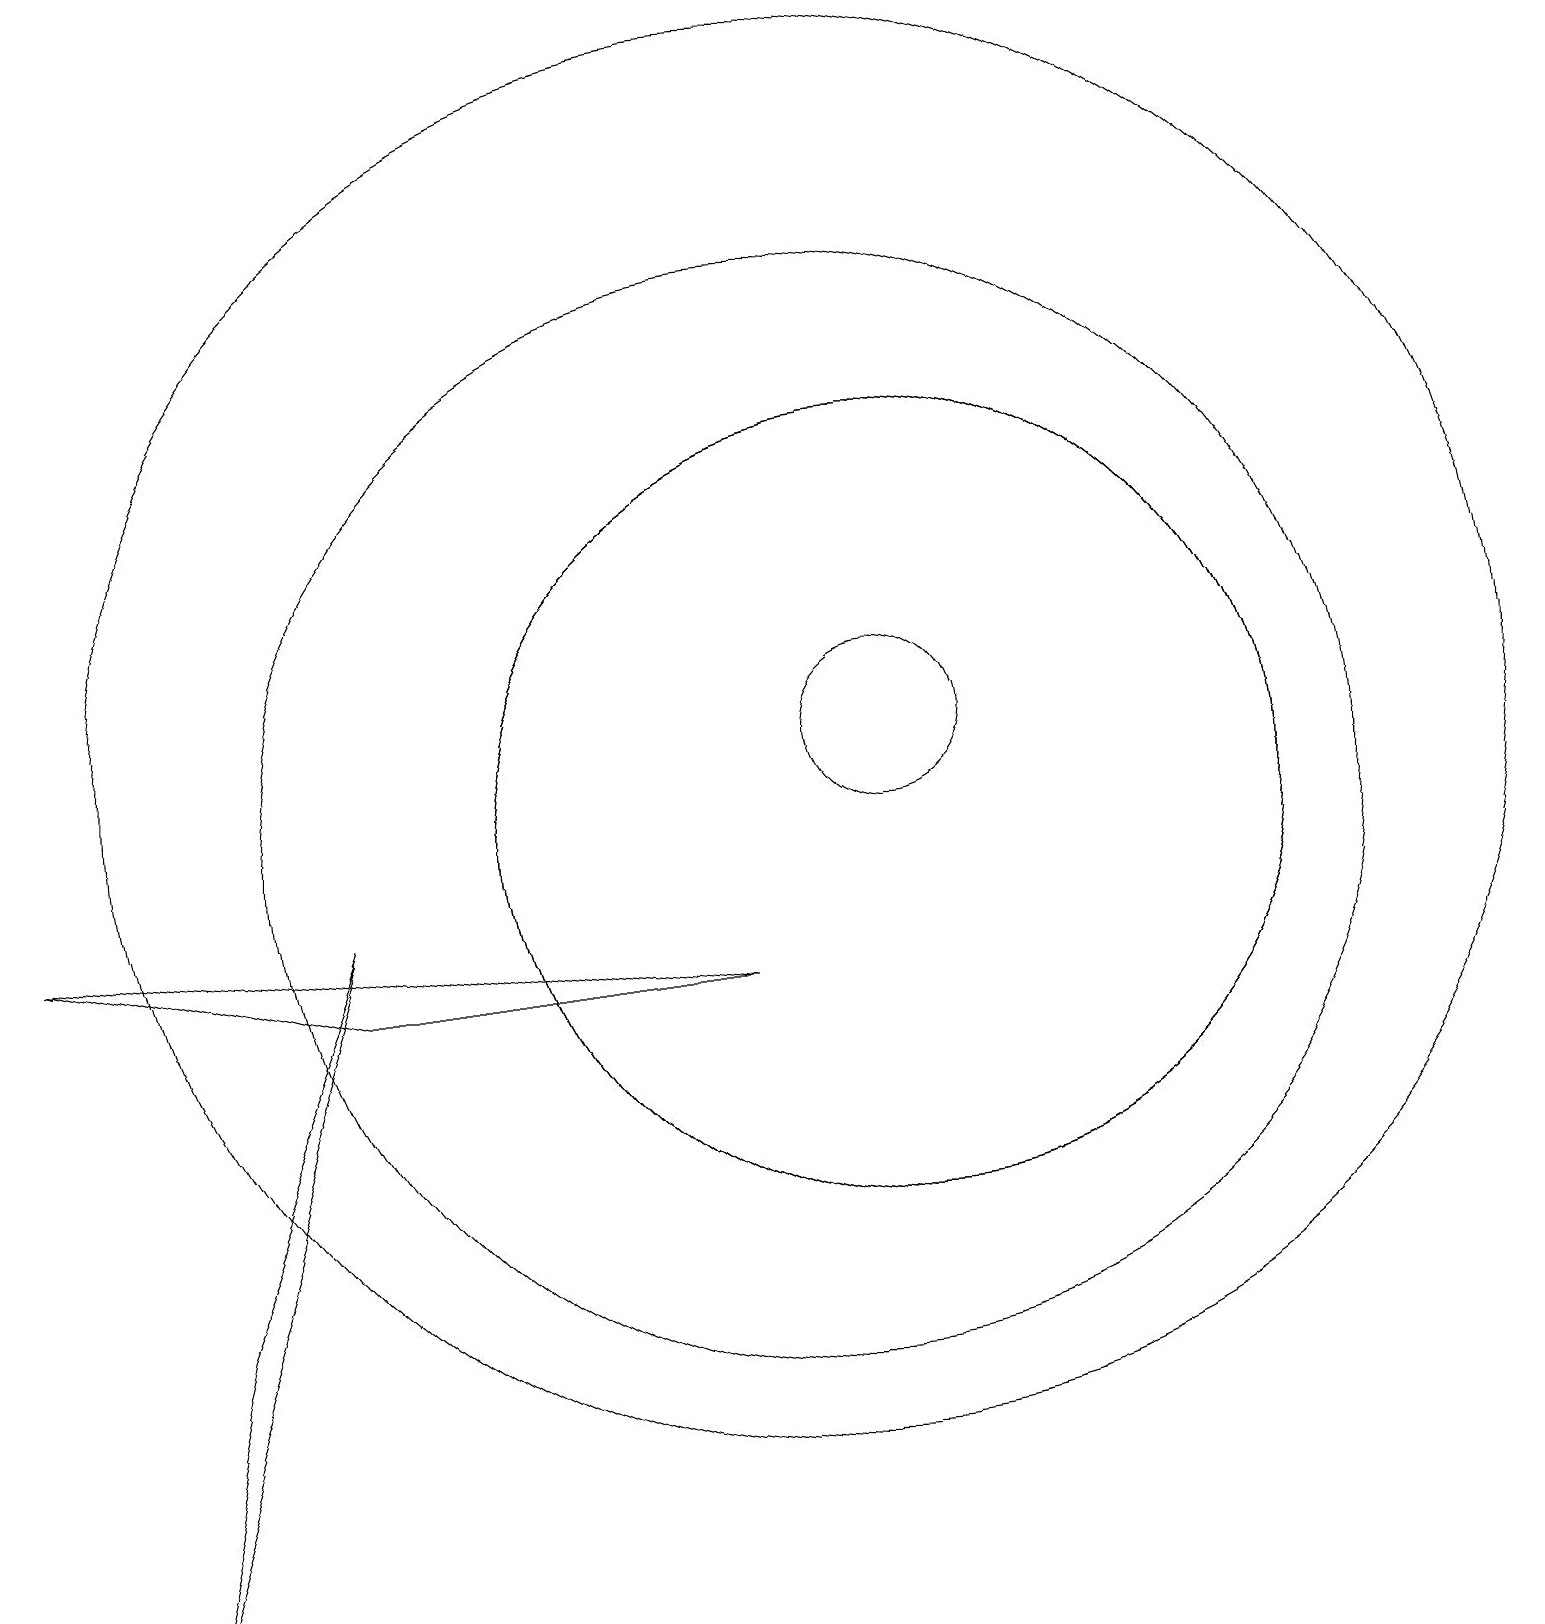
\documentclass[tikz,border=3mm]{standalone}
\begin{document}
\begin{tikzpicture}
\draw (1,0) -- (2,4) -- (4,9) -- cycle;
\draw (11,10) circle (5);
\draw (10,11) circle (9);
\draw (10,10) circle (7);
\draw (11,11) circle (1);
\draw (0,9) -- (9,8) -- (4,8) -- cycle;
\draw (11,10) circle (5);
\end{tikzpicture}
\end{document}